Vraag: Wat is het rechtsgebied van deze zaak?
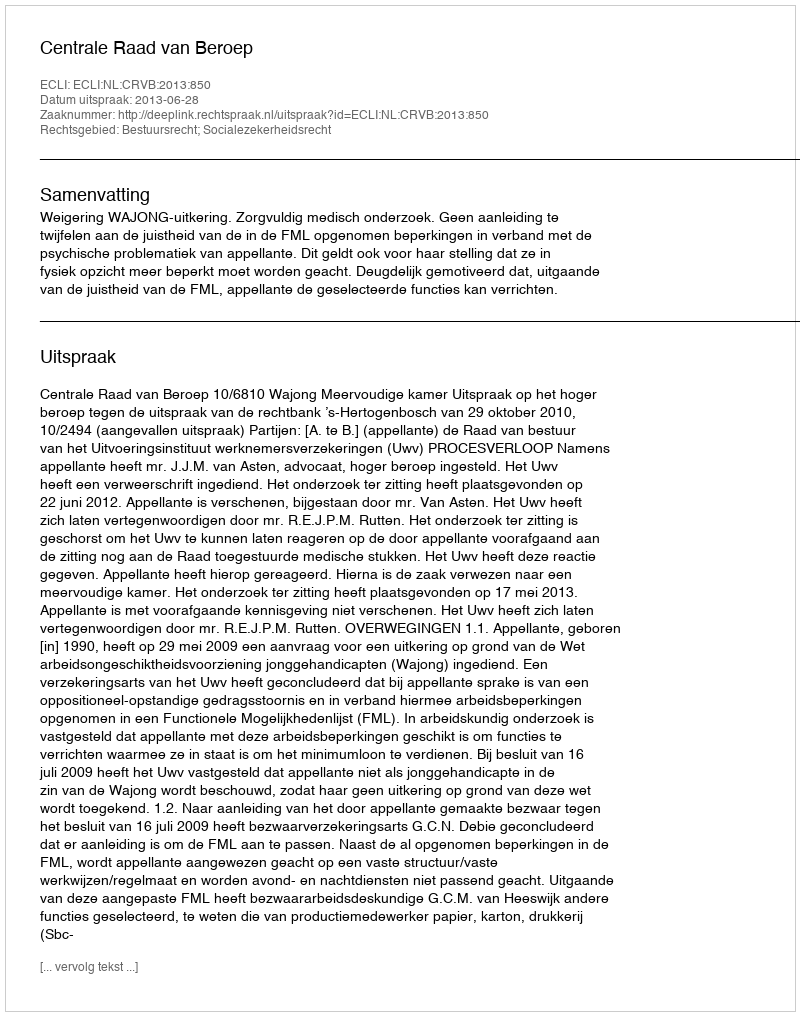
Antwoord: Bestuursrecht; Socialezekerheidsrecht